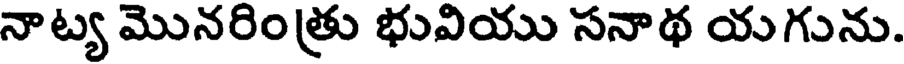
నాట్య మొనరింత్రు భువియు సనాథ యగును.